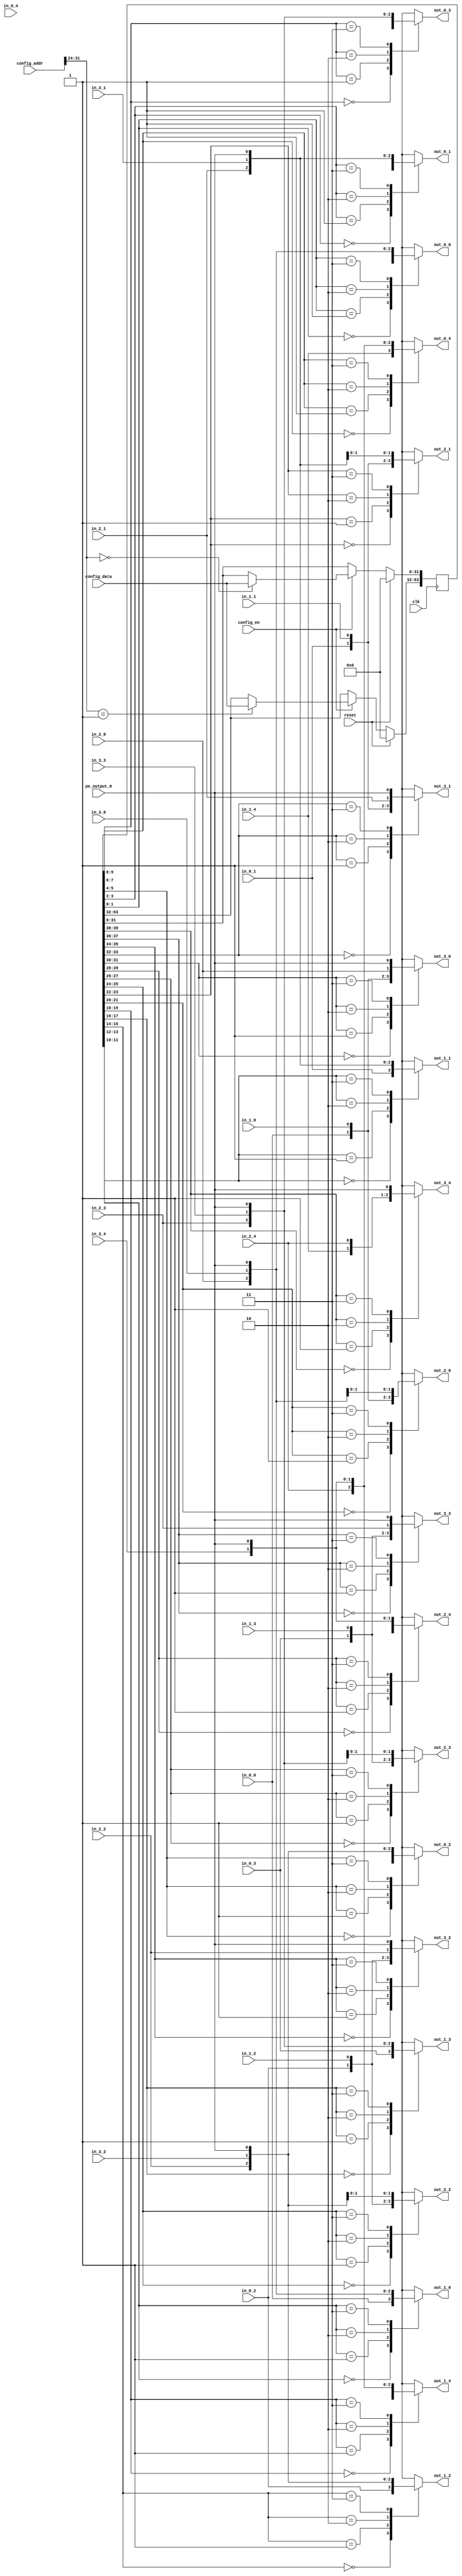
//
//--------------------------------------------------------------------------------
//          THIS FILE WAS AUTOMATICALLY GENERATED BY THE GENESIS2 ENGINE        
//  FOR MORE INFORMATION: OFER SHACHAM (CHIP GENESIS INC / STANFORD VLSI GROUP)
//    !! THIS VERSION OF GENESIS2 IS NOT FOR ANY COMMERCIAL USE !!
//     FOR COMMERCIAL LICENSE CONTACT SHACHAM@ALUMNI.STANFORD.EDU
//--------------------------------------------------------------------------------
//
//  
//	-----------------------------------------------
//	|            Genesis Release Info             |
//	|  $Change: 11904 $ --- $Date: 2013/08/03 $   |
//	-----------------------------------------------
//	
//
//  Source file: /Users/dillon/VerilogWorkspace/CGRAGenerator/hardware/generator_z/sb/sb.vp
//  Source template: sb
//
// --------------- Begin Pre-Generation Parameters Status Report ---------------
//
//	From 'generate' statement (priority=5):
// Parameter sides 	= 4
// Parameter is_bidi 	= 0
// Parameter feedthrough_outputs 	= 00000
// Parameter pe_output_count 	= 1
// Parameter registered_outputs 	= 00000
// Parameter sb_fs 	= 10000#10000#10000
// Parameter width 	= 1
// Parameter num_tracks 	= 5
//
//		---- ---- ---- ---- ---- ---- ---- ---- ---- ---- ----
//
//	From Command Line input (priority=4):
//
//		---- ---- ---- ---- ---- ---- ---- ---- ---- ---- ----
//
//	From XML input (priority=3):
//
//		---- ---- ---- ---- ---- ---- ---- ---- ---- ---- ----
//
//	From Config File input (priority=2):
//
// ---------------- End Pre-Generation Pramameters Status Report ----------------

// width (_GENESIS2_INHERITANCE_PRIORITY_) = 1
//
// num_tracks (_GENESIS2_INHERITANCE_PRIORITY_) = 5
//
// sides (_GENESIS2_INHERITANCE_PRIORITY_) = 4
//
// feedthrough_outputs (_GENESIS2_INHERITANCE_PRIORITY_) = 00000
//
// registered_outputs (_GENESIS2_INHERITANCE_PRIORITY_) = 00000
//
// pe_output_count (_GENESIS2_INHERITANCE_PRIORITY_) = 1
//
// is_bidi (_GENESIS2_INHERITANCE_PRIORITY_) = 0
//
// sb_fs (_GENESIS2_INHERITANCE_PRIORITY_) = 10000#10000#10000
//



module sb_unq4 (
clk, reset,
pe_output_0,
out_0_0,
in_0_0,
out_0_1,
in_0_1,
out_0_2,
in_0_2,
out_0_3,
in_0_3,
out_0_4,
in_0_4,
out_1_0,
in_1_0,
out_1_1,
in_1_1,
out_1_2,
in_1_2,
out_1_3,
in_1_3,
out_1_4,
in_1_4,
out_2_0,
in_2_0,
out_2_1,
in_2_1,
out_2_2,
in_2_2,
out_2_3,
in_2_3,
out_2_4,
in_2_4,
out_3_0,
in_3_0,
out_3_1,
in_3_1,
out_3_2,
in_3_2,
out_3_3,
in_3_3,
out_3_4,
in_3_4,
config_addr,
config_data,
config_en
);

  input  clk;
  input  reset;
  input  config_en;
  input [31:0] config_data;

  // FIXME
  // Bits [31:24] are for switch box, [23:0] for connection box.
  // So bits  [23:0] go unused in this module.  Until this is fixed,
  // we have to let the linter know (verilator directives below) or it complains:
  // %Warning-UNUSED: .../sb_unq1.v:115: Bits of signal are not used: config_addr[23:0]
  /* verilator lint_off UNUSED */
  input [31:0] config_addr;
  /* verilator lint_on UNUSED */

  input [0:0] pe_output_0;
  
  output [0:0] out_0_0;
  input [0:0] in_0_0;
  output [0:0] out_0_1;
  input [0:0] in_0_1;
  output [0:0] out_0_2;
  input [0:0] in_0_2;
  output [0:0] out_0_3;
  input [0:0] in_0_3;
  output [0:0] out_0_4;
  input [0:0] in_0_4;
  output [0:0] out_1_0;
  input [0:0] in_1_0;
  output [0:0] out_1_1;
  input [0:0] in_1_1;
  output [0:0] out_1_2;
  input [0:0] in_1_2;
  output [0:0] out_1_3;
  input [0:0] in_1_3;
  output [0:0] out_1_4;
  input [0:0] in_1_4;
  output [0:0] out_2_0;
  input [0:0] in_2_0;
  output [0:0] out_2_1;
  input [0:0] in_2_1;
  output [0:0] out_2_2;
  input [0:0] in_2_2;
  output [0:0] out_2_3;
  input [0:0] in_2_3;
  output [0:0] out_2_4;
  input [0:0] in_2_4;
  output [0:0] out_3_0;
  input [0:0] in_3_0;
  output [0:0] out_3_1;
  input [0:0] in_3_1;
  output [0:0] out_3_2;
  input [0:0] in_3_2;
  output [0:0] out_3_3;
  input [0:0] in_3_3;
  output [0:0] out_3_4;
  input [0:0] in_3_4;




  // reg [63:0] config_sb;

  // Note not all config bits are used by this module.  Is this on purpose?
  // As a result, however, verilator needs lint directives or it complains:
  // %Warning-UNUSED: .../sb_unq1.v:164: Bits of signal are not used: config_sb[63:60]
  // %Warning-UNUSED: .../sb_unq3.v:164: Bits of signal are not used: config_sb[63:40]
  // [FIXME Owner please confirm that this is correct and delete this FIXME line]

  /* verilator lint_off UNUSED */
  reg [63:0] config_sb;
  /* verilator lint_on UNUSED */
  
  always @(posedge clk) begin
    if (reset==1'b1) begin

   // Seems like the entire register should be initialized, not just a subset of the bits, yes?
   // FIXME Owner please check that this is still correct!
   // config_sb <= 40'd0;
      config_sb <= 64'd0;

    end else begin
      if (config_en==1'b1) begin
         case (config_addr[31:24])
           8'd0: config_sb[31:0] <= config_data;
           8'd1: config_sb[63:32] <= config_data;

           default: ;

         endcase
      end
    end
  end

  reg [0:0] out_0_0_i;
  always @(*) begin
    case (config_sb[1:0])
        2'd0: out_0_0_i = in_1_0;
        2'd1: out_0_0_i = in_2_0;
        2'd2: out_0_0_i = in_3_0;
        2'd3: out_0_0_i = pe_output_0;

    endcase
  end
  assign out_0_0 = out_0_0_i;
  reg [0:0] out_0_1_i;
  always @(*) begin
    case (config_sb[3:2])
        2'd0: out_0_1_i = in_1_1;
        2'd1: out_0_1_i = in_2_1;
        2'd2: out_0_1_i = in_3_1;
        2'd3: out_0_1_i = pe_output_0;

    endcase
  end
  assign out_0_1 = out_0_1_i;
  reg [0:0] out_0_2_i;
  always @(*) begin
    case (config_sb[5:4])
        2'd0: out_0_2_i = in_1_2;
        2'd1: out_0_2_i = in_2_2;
        2'd2: out_0_2_i = in_3_2;
        2'd3: out_0_2_i = pe_output_0;

    endcase
  end
  assign out_0_2 = out_0_2_i;
  reg [0:0] out_0_3_i;
  always @(*) begin
    case (config_sb[7:6])
        2'd0: out_0_3_i = in_1_3;
        2'd1: out_0_3_i = in_2_3;
        2'd2: out_0_3_i = in_3_3;
        2'd3: out_0_3_i = pe_output_0;

    endcase
  end
  assign out_0_3 = out_0_3_i;
  reg [0:0] out_0_4_i;
  always @(*) begin
    case (config_sb[9:8])
        2'd0: out_0_4_i = in_1_4;
        2'd1: out_0_4_i = in_2_4;
        2'd2: out_0_4_i = in_3_4;
        2'd3: out_0_4_i = pe_output_0;

    endcase
  end
  assign out_0_4 = out_0_4_i;
  reg [0:0] out_1_0_i;
  always @(*) begin
    case (config_sb[11:10])
        2'd0: out_1_0_i = in_0_0;
        2'd1: out_1_0_i = in_2_0;
        2'd2: out_1_0_i = in_3_0;
        2'd3: out_1_0_i = pe_output_0;

    endcase
  end
  assign out_1_0 = out_1_0_i;
  reg [0:0] out_1_1_i;
  always @(*) begin
    case (config_sb[13:12])
        2'd0: out_1_1_i = in_0_1;
        2'd1: out_1_1_i = in_2_1;
        2'd2: out_1_1_i = in_3_1;
        2'd3: out_1_1_i = pe_output_0;

    endcase
  end
  assign out_1_1 = out_1_1_i;
  reg [0:0] out_1_2_i;
  always @(*) begin
    case (config_sb[15:14])
        2'd0: out_1_2_i = in_0_2;
        2'd1: out_1_2_i = in_2_2;
        2'd2: out_1_2_i = in_3_2;
        2'd3: out_1_2_i = pe_output_0;

    endcase
  end
  assign out_1_2 = out_1_2_i;
  reg [0:0] out_1_3_i;
  always @(*) begin
    case (config_sb[17:16])
        2'd0: out_1_3_i = in_0_3;
        2'd1: out_1_3_i = in_2_3;
        2'd2: out_1_3_i = in_3_3;
        2'd3: out_1_3_i = pe_output_0;

    endcase
  end
  assign out_1_3 = out_1_3_i;
  reg [0:0] out_1_4_i;
  always @(*) begin
    case (config_sb[19:18])
        2'd0: out_1_4_i = in_0_4;
        2'd1: out_1_4_i = in_2_4;
        2'd2: out_1_4_i = in_3_4;
        2'd3: out_1_4_i = pe_output_0;

    endcase
  end
  assign out_1_4 = out_1_4_i;
  reg [0:0] out_2_0_i;
  always @(*) begin
    case (config_sb[21:20])
        2'd0: out_2_0_i = in_0_0;
        2'd1: out_2_0_i = in_1_0;
        2'd2: out_2_0_i = in_3_0;
        2'd3: out_2_0_i = pe_output_0;

    endcase
  end
  assign out_2_0 = out_2_0_i;
  reg [0:0] out_2_1_i;
  always @(*) begin
    case (config_sb[23:22])
        2'd0: out_2_1_i = in_0_1;
        2'd1: out_2_1_i = in_1_1;
        2'd2: out_2_1_i = in_3_1;
        2'd3: out_2_1_i = pe_output_0;

    endcase
  end
  assign out_2_1 = out_2_1_i;
  reg [0:0] out_2_2_i;
  always @(*) begin
    case (config_sb[25:24])
        2'd0: out_2_2_i = in_0_2;
        2'd1: out_2_2_i = in_1_2;
        2'd2: out_2_2_i = in_3_2;
        2'd3: out_2_2_i = pe_output_0;

    endcase
  end
  assign out_2_2 = out_2_2_i;
  reg [0:0] out_2_3_i;
  always @(*) begin
    case (config_sb[27:26])
        2'd0: out_2_3_i = in_0_3;
        2'd1: out_2_3_i = in_1_3;
        2'd2: out_2_3_i = in_3_3;
        2'd3: out_2_3_i = pe_output_0;

    endcase
  end
  assign out_2_3 = out_2_3_i;
  reg [0:0] out_2_4_i;
  always @(*) begin
    case (config_sb[29:28])
        2'd0: out_2_4_i = in_0_4;
        2'd1: out_2_4_i = in_1_4;
        2'd2: out_2_4_i = in_3_4;
        2'd3: out_2_4_i = pe_output_0;

    endcase
  end
  assign out_2_4 = out_2_4_i;
  reg [0:0] out_3_0_i;
  always @(*) begin
    case (config_sb[31:30])
        2'd0: out_3_0_i = in_0_0;
        2'd1: out_3_0_i = in_1_0;
        2'd2: out_3_0_i = in_2_0;
        2'd3: out_3_0_i = pe_output_0;

    endcase
  end
  assign out_3_0 = out_3_0_i;
  reg [0:0] out_3_1_i;
  always @(*) begin
    case (config_sb[33:32])
        2'd0: out_3_1_i = in_0_1;
        2'd1: out_3_1_i = in_1_1;
        2'd2: out_3_1_i = in_2_1;
        2'd3: out_3_1_i = pe_output_0;

    endcase
  end
  assign out_3_1 = out_3_1_i;
  reg [0:0] out_3_2_i;
  always @(*) begin
    case (config_sb[35:34])
        2'd0: out_3_2_i = in_0_2;
        2'd1: out_3_2_i = in_1_2;
        2'd2: out_3_2_i = in_2_2;
        2'd3: out_3_2_i = pe_output_0;

    endcase
  end
  assign out_3_2 = out_3_2_i;
  reg [0:0] out_3_3_i;
  always @(*) begin
    case (config_sb[37:36])
        2'd0: out_3_3_i = in_0_3;
        2'd1: out_3_3_i = in_1_3;
        2'd2: out_3_3_i = in_2_3;
        2'd3: out_3_3_i = pe_output_0;

    endcase
  end
  assign out_3_3 = out_3_3_i;
  reg [0:0] out_3_4_i;
  always @(*) begin
    case (config_sb[39:38])
        2'd0: out_3_4_i = in_0_4;
        2'd1: out_3_4_i = in_1_4;
        2'd2: out_3_4_i = in_2_4;
        2'd3: out_3_4_i = pe_output_0;

    endcase
  end
  assign out_3_4 = out_3_4_i;
endmodule